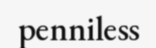
penniless